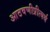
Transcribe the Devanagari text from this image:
आठवणीप्रीत्यर्थ